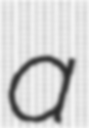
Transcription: a